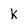
Character: k